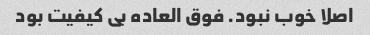
اصلا خوب نبود. فوق العاده بی کیفیت بود